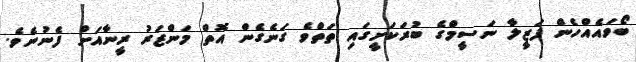
ބޯވައެއްހެން ފަޒީލާ ނަސީމްގެ ބުރަކަށީގައި ތަތްވެ ގަނެގެން އޮތް މަންޒަރު ރީނާއަށް ފެނުނެވެ.